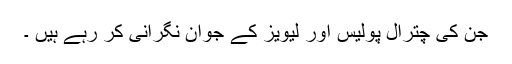
جن کی چترال پولیس اور لیویز کے جوان نگرانی کر رہے ہیں ۔